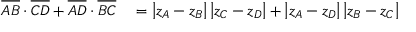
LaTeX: \begin{array} { r l } { { \overline { { A B } } } \cdot { \overline { { C D } } } + { \overline { { A D } } } \cdot { \overline { { B C } } } } & { { } = \left| z _ { A } - z _ { B } \right| \left| z _ { C } - z _ { D } \right| + \left| z _ { A } - z _ { D } \right| \left| z _ { B } - z _ { C } \right| } \end{array}